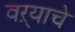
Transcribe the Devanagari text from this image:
वऱ्याचे